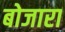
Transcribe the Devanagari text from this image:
बोजारा